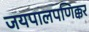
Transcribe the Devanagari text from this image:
जयपालपणिक्कर